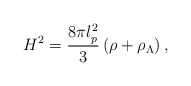
\begin{align*}H^{2}=\frac{8\pi l_{p}^{2}}{3}\left( \rho +\rho _{\Lambda }\right) ,\end{align*}